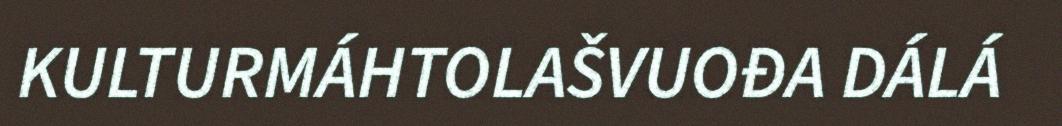
KULTURMÁHTOLAŠVUOĐA DÁLÁ